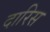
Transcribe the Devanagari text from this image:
दारिस